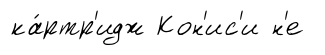
ка́ртр'идж Кон'ис'и н'е